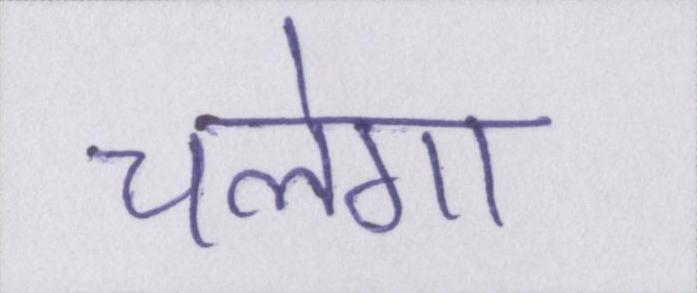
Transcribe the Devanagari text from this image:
चलेगा